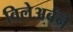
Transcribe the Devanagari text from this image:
विलेअर्बने